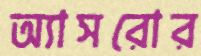
অ্যাসরোর